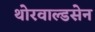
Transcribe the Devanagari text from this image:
थोरवाल्डसेन